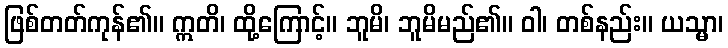
ဖြစ်တတ်ကုန်၏။ ဣတိ၊ ထို့ကြောင့်။ ဘူမိ၊ ဘူမိမည်၏။ ဝါ၊ တစ်နည်း။ ယသ္မာ၊